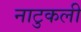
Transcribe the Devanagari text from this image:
नाटुकली